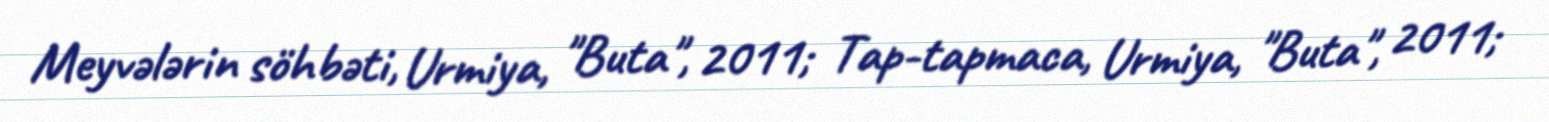
Meyvələrin söhbəti, Urmiya, "Buta", 2011; Tap-tapmaca, Urmiya, "Buta", 2011;